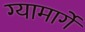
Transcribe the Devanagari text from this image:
ग्यामार्गे